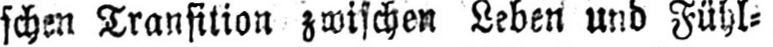
schen Transition zwischen Leben und Fühl⸗